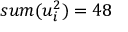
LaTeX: s u m ( u _ { i } ^ { 2 } ) = 4 8